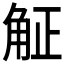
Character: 𧣠